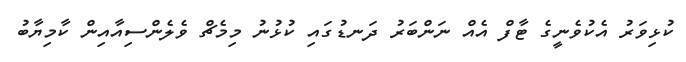
ކުޅިވަރު އެކުވެނީގެ ޓާފް އެއް ނަންބަރު ދަނޑުގައި ކުޅުނު މިމެޗް ވެލެންސިއާއިން ކާމިޔާބު